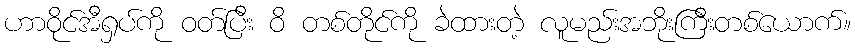
ဟာဝိုင်အီရှပ်ကို ဝတ်ပြီး ဝိ တစ်တိုင်ကို ခဲထားတဲ့ လူမည်းအဘိုးကြီးတစ်ယောက်။